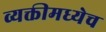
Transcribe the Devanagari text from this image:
व्यक्तीमध्येच